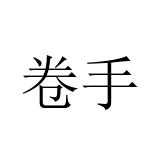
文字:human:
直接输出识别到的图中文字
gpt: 卷手